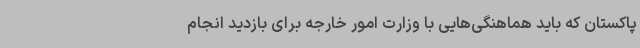
پاکستان که باید هماهنگی‌هایی با وزارت امور خارجه برای بازدید انجام